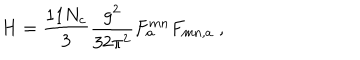
LaTeX: H = \frac { 1 1 N _ { c } } { 3 } \frac { g ^ { 2 } } { 3 2 \pi ^ { 2 } } F _ { a } ^ { m n } F _ { m n , a } \ ,